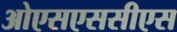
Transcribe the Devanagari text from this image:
ओएसएससीएस